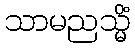
သာမညသ္မိံ